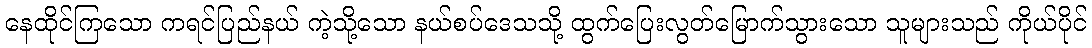
နေထိုင်ကြသော ကရင်ပြည်နယ် ကဲ့သို့သော နယ်စပ်ဒေသသို့ ထွက်ပြေးလွတ်မြောက်သွားသော သူများသည် ကိုယ်ပိုင်